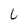
Character: C